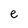
Character: e